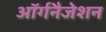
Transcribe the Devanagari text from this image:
ऑर्गनैजेशन